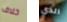
خلاف الذي